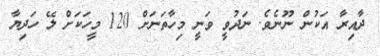
ދާއިރާ އަކުން ނޫނެވެ. ނަދުވީ ވަނީ މިހާތަނަށް 120 މީހަކަށް ލޭ ހަދިޔާ